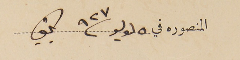
المنصوره في ٥ لوليو ٩٢٧ بكفيا